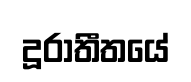
දූරාතීතයේ